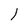
Character: l